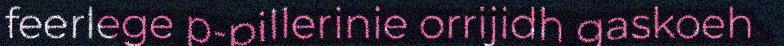
feerlege p-pillerinie orrijidh gaskoeh